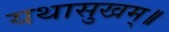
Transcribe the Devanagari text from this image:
यथासुखम्॥